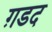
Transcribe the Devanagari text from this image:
ग़डद